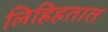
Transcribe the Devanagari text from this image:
लिहिहतात